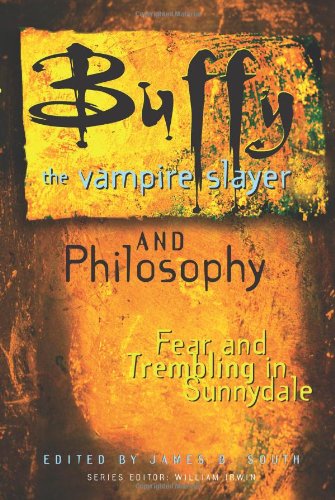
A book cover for Buffy the Vampire Slayer and Philosophy: Fear and Trembling in Sunnydale (Popular Culture and Philosophy, Vol. 4); Politics & Social Sciences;